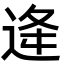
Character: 逄